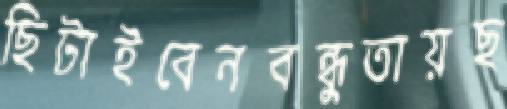
ছিটাইবেনবন্ধুতায়ছ